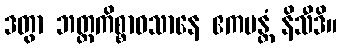
ဒတွာ ဘတ္တကိစ္စာဝသာနေ ဧကမန္တံ နိသီဒိ။